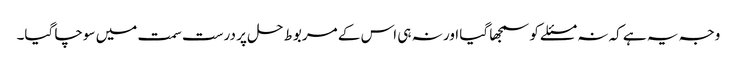
وجہ یہ ہے کہ نہ مسئلے کو سمجھا گیا اور نہ ہی اس کے مربوط حل پر درست سمت میں سوچا گیا۔